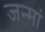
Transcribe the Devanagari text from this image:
जन्मां